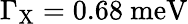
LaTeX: \Gamma_{\mathrm{{X}}}=0.68~\mathrm{{meV}}